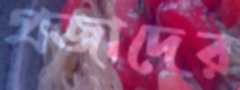
প্রজাদের